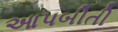
આપબીતી